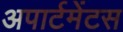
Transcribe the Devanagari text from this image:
अपार्टमेंटस